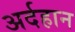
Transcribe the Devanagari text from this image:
अर्दहान